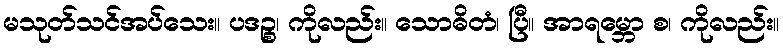
မသုတ်သင်အပ်သေး။ ပဒဉ္စ၊ ကိုလည်း။ သောဓိတံ၊ ပြီ။ အာရမ္ဘော စ၊ ကိုလည်း။